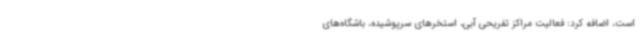
است، اضافه کرد: فعالیت مراکز تفریحی آبی، استخرهای سرپوشیده، باشگاه‌های